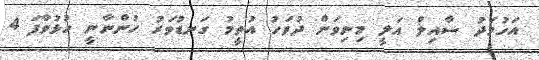
އަހުމަދު ސާއިލް އަލީ މިނިވަން ދުވަހު އުތީމު ގަނޑުވަރު ހުންނާނީ ހުޅުވާފަ 4